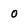
Character: 0